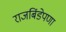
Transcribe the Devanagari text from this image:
राजबिंडेपणा